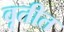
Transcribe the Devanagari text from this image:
वृतीत